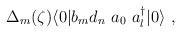
LaTeX: \begin{align*}\Delta_m(\zeta) \langle 0 | b_m d_n \ a_0 \ a^{\dag}_l |0 \rangle \ ,\end{align*}